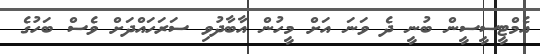
އެމްޓީސީސީން ބުނީ ދެ ވަނަ އަށް މީހުން އާބާދުވި ސަރަހައްދަށް ވެސް ބަހުގެ